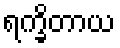
ရက္ခိတာယ